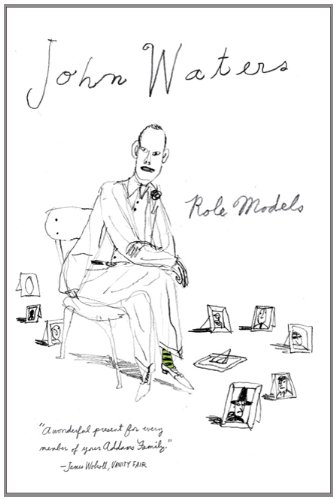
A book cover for Role Models; John Waters; Humor & Entertainment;